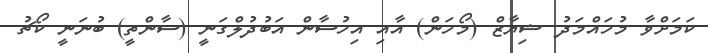
ކަމަށްވާ މުހައްމަދު ޝިޔާޒް (މޯހަން) އާއި އިހުސާން އަބުދުލްގަނީ (ސާންތީ) ބުނަނީ ކޯޗު